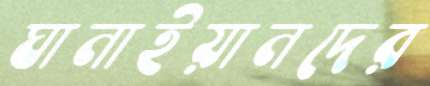
ঘানাইয়ানদের